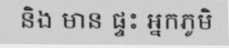
និង មាន ផ្ទះ អ្នកភូមិ